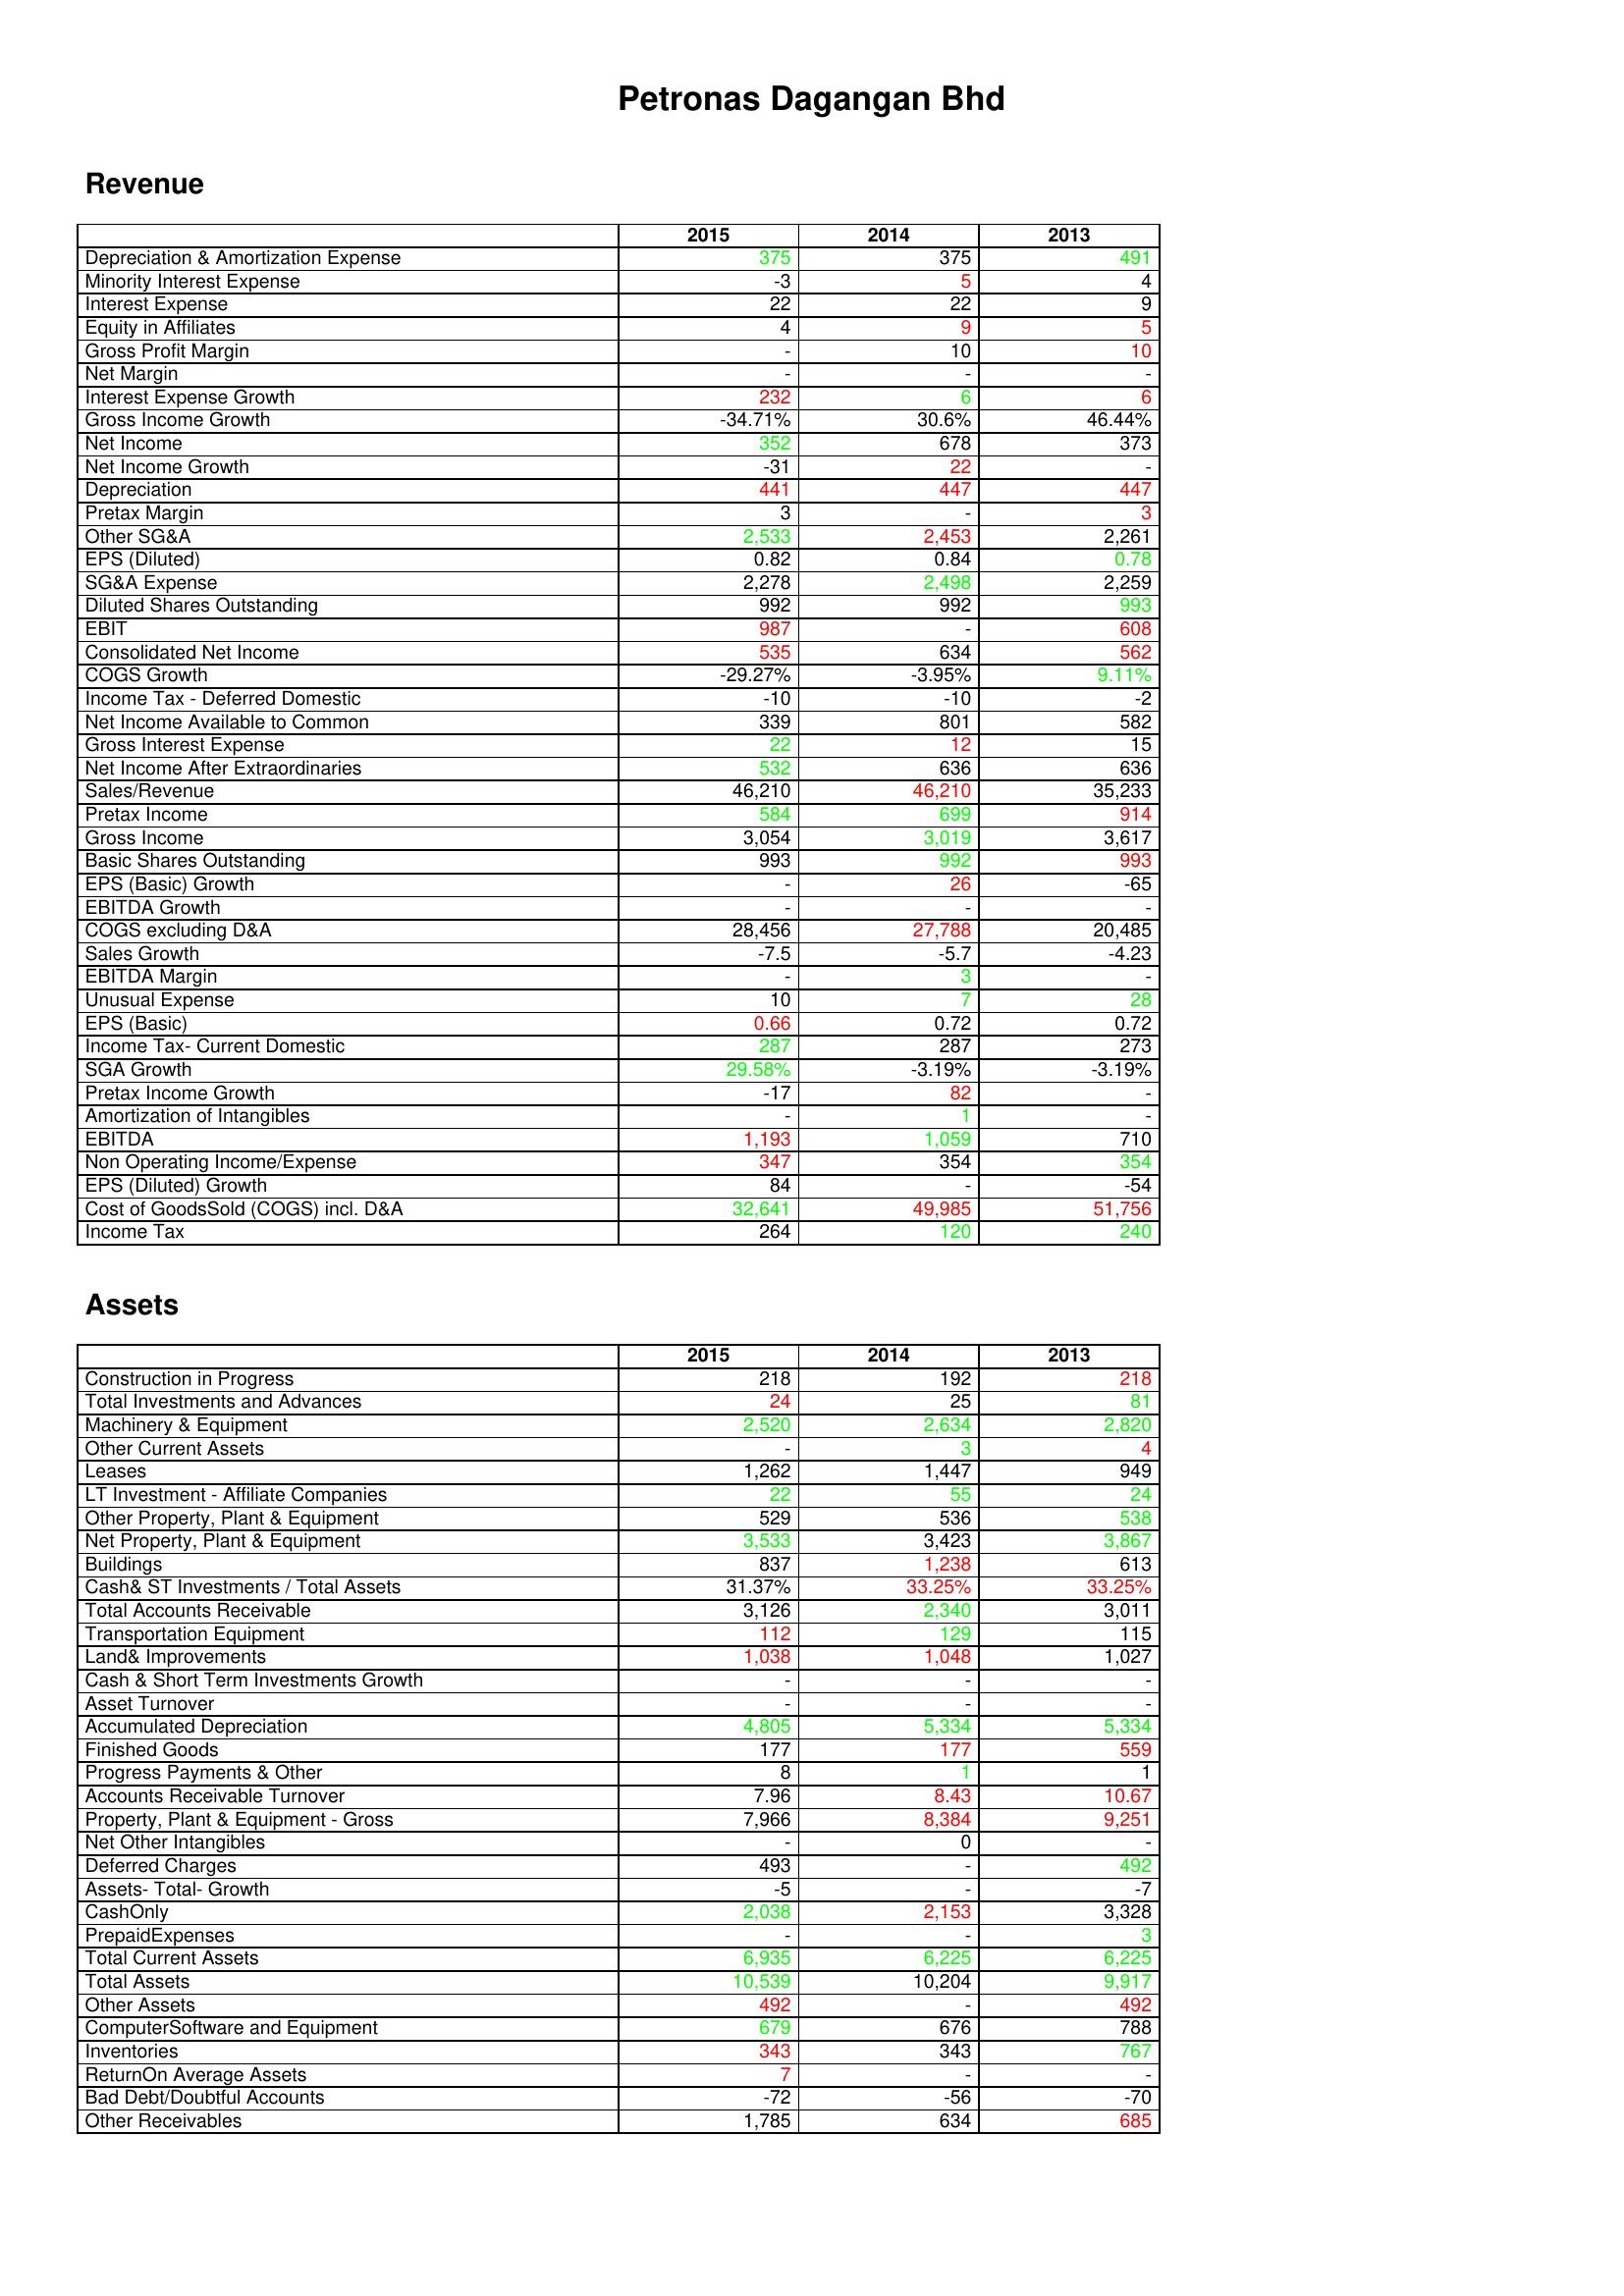
gt_parse: 2015: Revenue: Depreciation & Amortization Expense: 375
Minority Interest Expense: -3
Interest Expense: 22
Equity in Affiliates: 4
Gross Profit Margin: -
Net Margin: -
Interest Expense Growth: 232
Gross Income Growth: -34.71%
Net Income: 352
Net Income Growth: -31
Depreciation: 441
Pretax Margin: 3
Other SG&A: 2,533
EPS (Diluted): 0.82
SG&A Expense: 2,278
Diluted Shares Outstanding: 992
EBIT: 987
Consolidated Net Income: 535
COGS Growth: -29.27%
Income Tax - Deferred Domestic: -10
Net Income Available to Common: 339
Gross Interest Expense: 22
Net Income After Extraordinaries: 532
Sales/Revenue: 46,210
Pretax Income: 584
Gross Income: 3,054
Basic Shares Outstanding: 993
EPS (Basic) Growth: -
EBITDA Growth: -
COGS excluding D&A: 28,456
Sales Growth: -7.5
EBITDA Margin: -
Unusual Expense: 10
EPS (Basic): 0.66
Income Tax- Current Domestic: 287
SGA Growth: 29.58%
Pretax Income Growth: -17
Amortization of Intangibles: -
EBITDA: 1,193
Non Operating Income/Expense: 347
EPS (Diluted) Growth: 84
Cost of GoodsSold (COGS) incl. D&A: 32,641
Income Tax: 264
Assets: Construction in Progress: 218
Total Investments and Advances: 24
Machinery & Equipment: 2,520
Other Current Assets: -
Leases: 1,262
LT Investment - Affiliate Companies: 22
Other Property, Plant & Equipment: 529
Net Property, Plant & Equipment: 3,533
Buildings: 837
Cash& ST Investments / Total Assets: 31.37%
Total Accounts Receivable: 3,126
Transportation Equipment: 112
Land& Improvements: 1,038
Cash & Short Term Investments Growth: -
Asset Turnover: -
Accumulated Depreciation: 4,805
Finished Goods: 177
Progress Payments & Other: 8
Accounts Receivable Turnover: 7.96
Property, Plant & Equipment - Gross : 7,966
Net Other Intangibles: -
Deferred Charges: 493
Assets- Total- Growth: -5
CashOnly: 2,038
PrepaidExpenses: -
Total Current Assets: 6,935
Total Assets: 10,539
Other Assets: 492
ComputerSoftware and Equipment: 679
Inventories: 343
ReturnOn Average Assets: 7
Bad Debt/Doubtful Accounts: -72
Other Receivables: 1,785
2014: Revenue: Depreciation & Amortization Expense: 375
Minority Interest Expense: 5
Interest Expense: 22
Equity in Affiliates: 9
Gross Profit Margin: 10
Net Margin: -
Interest Expense Growth: 6
Gross Income Growth: 30.6%
Net Income: 678
Net Income Growth: 22
Depreciation: 447
Pretax Margin: -
Other SG&A: 2,453
EPS (Diluted): 0.84
SG&A Expense: 2,498
Diluted Shares Outstanding: 992
EBIT: -
Consolidated Net Income: 634
COGS Growth: -3.95%
Income Tax - Deferred Domestic: -10
Net Income Available to Common: 801
Gross Interest Expense: 12
Net Income After Extraordinaries: 636
Sales/Revenue: 46,210
Pretax Income: 699
Gross Income: 3,019
Basic Shares Outstanding: 992
EPS (Basic) Growth: 26
EBITDA Growth: -
COGS excluding D&A: 27,788
Sales Growth: -5.7
EBITDA Margin: 3
Unusual Expense: 7
EPS (Basic): 0.72
Income Tax- Current Domestic: 287
SGA Growth: -3.19%
Pretax Income Growth: 82
Amortization of Intangibles: 1
EBITDA: 1,059
Non Operating Income/Expense: 354
EPS (Diluted) Growth: -
Cost of GoodsSold (COGS) incl. D&A: 49,985
Income Tax: 120
Assets: Construction in Progress: 192
Total Investments and Advances: 25
Machinery & Equipment: 2,634
Other Current Assets: 3
Leases: 1,447
LT Investment - Affiliate Companies: 55
Other Property, Plant & Equipment: 536
Net Property, Plant & Equipment: 3,423
Buildings: 1,238
Cash& ST Investments / Total Assets: 33.25%
Total Accounts Receivable: 2,340
Transportation Equipment: 129
Land& Improvements: 1,048
Cash & Short Term Investments Growth: -
Asset Turnover: -
Accumulated Depreciation: 5,334
Finished Goods: 177
Progress Payments & Other: 1
Accounts Receivable Turnover: 8.43
Property, Plant & Equipment - Gross : 8,384
Net Other Intangibles: 0
Deferred Charges: -
Assets- Total- Growth: -
CashOnly: 2,153
PrepaidExpenses: -
Total Current Assets: 6,225
Total Assets: 10,204
Other Assets: -
ComputerSoftware and Equipment: 676
Inventories: 343
ReturnOn Average Assets: -
Bad Debt/Doubtful Accounts: -56
Other Receivables: 634
2013: Revenue: Depreciation & Amortization Expense: 491
Minority Interest Expense: 4
Interest Expense: 9
Equity in Affiliates: 5
Gross Profit Margin: 10
Net Margin: -
Interest Expense Growth: 6
Gross Income Growth: 46.44%
Net Income: 373
Net Income Growth: -
Depreciation: 447
Pretax Margin: 3
Other SG&A: 2,261
EPS (Diluted): 0.78
SG&A Expense: 2,259
Diluted Shares Outstanding: 993
EBIT: 608
Consolidated Net Income: 562
COGS Growth: 9.11%
Income Tax - Deferred Domestic: -2
Net Income Available to Common: 582
Gross Interest Expense: 15
Net Income After Extraordinaries: 636
Sales/Revenue: 35,233
Pretax Income: 914
Gross Income: 3,617
Basic Shares Outstanding: 993
EPS (Basic) Growth: -65
EBITDA Growth: -
COGS excluding D&A: 20,485
Sales Growth: -4.23
EBITDA Margin: -
Unusual Expense: 28
EPS (Basic): 0.72
Income Tax- Current Domestic: 273
SGA Growth: -3.19%
Pretax Income Growth: -
Amortization of Intangibles: -
EBITDA: 710
Non Operating Income/Expense: 354
EPS (Diluted) Growth: -54
Cost of GoodsSold (COGS) incl. D&A: 51,756
Income Tax: 240
Assets: Construction in Progress: 218
Total Investments and Advances: 81
Machinery & Equipment: 2,820
Other Current Assets: 4
Leases: 949
LT Investment - Affiliate Companies: 24
Other Property, Plant & Equipment: 538
Net Property, Plant & Equipment: 3,867
Buildings: 613
Cash& ST Investments / Total Assets: 33.25%
Total Accounts Receivable: 3,011
Transportation Equipment: 115
Land& Improvements: 1,027
Cash & Short Term Investments Growth: -
Asset Turnover: -
Accumulated Depreciation: 5,334
Finished Goods: 559
Progress Payments & Other: 1
Accounts Receivable Turnover: 10.67
Property, Plant & Equipment - Gross : 9,251
Net Other Intangibles: -
Deferred Charges: 492
Assets- Total- Growth: -7
CashOnly: 3,328
PrepaidExpenses: 3
Total Current Assets: 6,225
Total Assets: 9,917
Other Assets: 492
ComputerSoftware and Equipment: 788
Inventories: 767
ReturnOn Average Assets: -
Bad Debt/Doubtful Accounts: -70
Other Receivables: 685